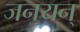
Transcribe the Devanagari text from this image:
जनयन्